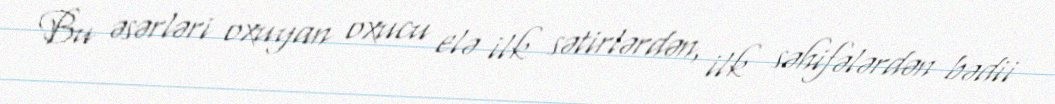
Bu əsərləri oxuyan oxucu elə ilk sətirlərdən, ilk səhifələrdən bədii